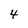
Character: 4